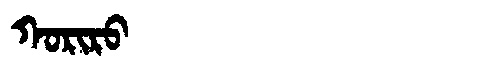
Manchu: ᡴᠣᡵᡳᡵᠣ
Romanization: KORIRO